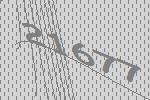
21677